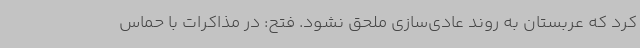
کرد که عربستان به روند عادی‌سازی ملحق نشود. فتح: در مذاکرات با حماس